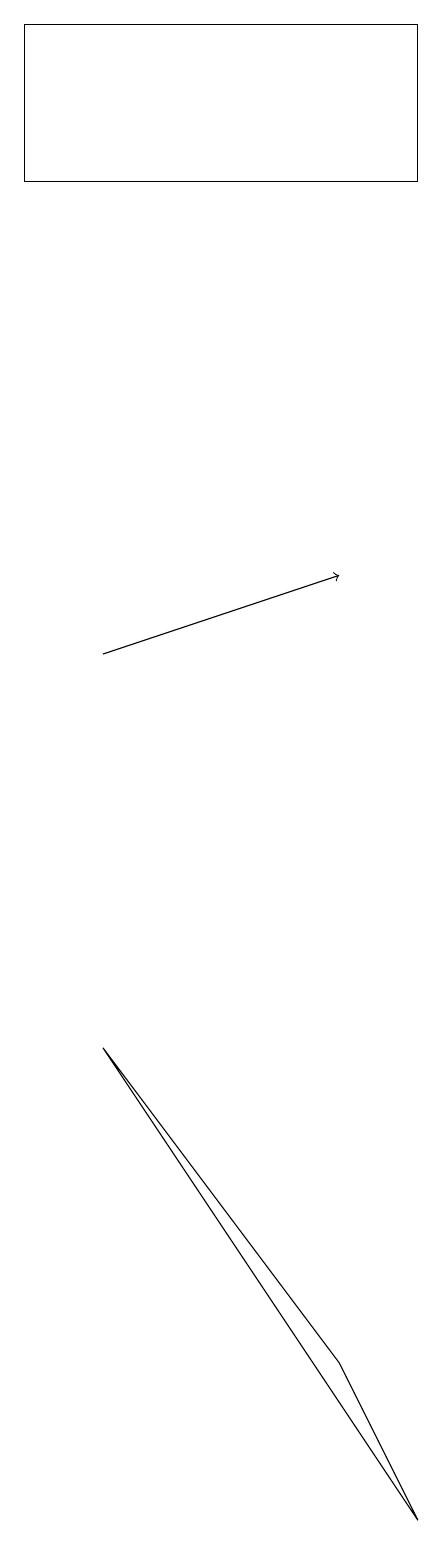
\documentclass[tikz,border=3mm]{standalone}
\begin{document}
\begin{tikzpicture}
\draw (8,17) rectangle (3,19);
\draw[->] (4,11) -- (7,12);
\draw (7,2) -- (4,6) -- (8,0) -- cycle;
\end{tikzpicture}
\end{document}